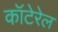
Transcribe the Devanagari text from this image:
कॉटेरेल